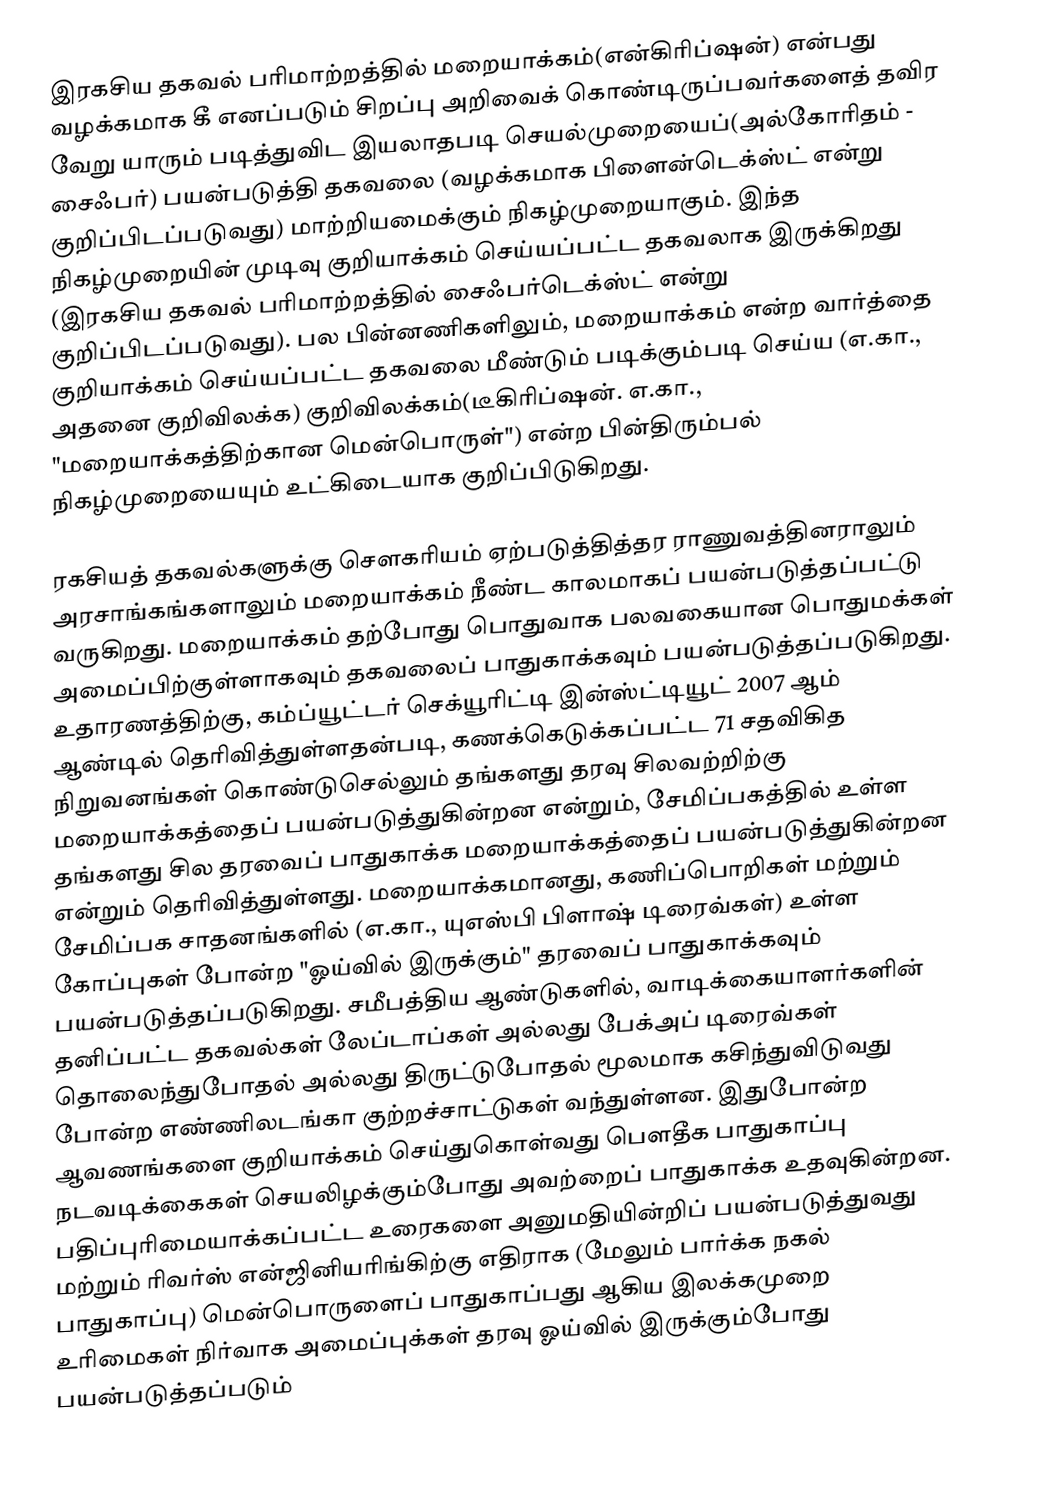
இரகசிய தகவல் பரிமாற்றத்தில் மறையாக்கம்(என்கிரிப்ஷன்) என்பது வழக்கமாக கீ எனப்படும் சிறப்பு அறிவைக் கொண்டிருப்பவர்களைத் தவிர வேறு யாரும் படித்துவிட இயலாதபடி செயல்முறையைப்(அல்கோரிதம் - சைஃபர்) பயன்படுத்தி தகவலை (வழக்கமாக பிளைன்டெக்ஸ்ட் என்று குறிப்பிடப்படுவது) மாற்றியமைக்கும் நிகழ்முறையாகும். இந்த நிகழ்முறையின் முடிவு குறியாக்கம் செய்யப்பட்ட தகவலாக இருக்கிறது (இரகசிய தகவல் பரிமாற்றத்தில் சைஃபர்டெக்ஸ்ட் என்று குறிப்பிடப்படுவது). பல பின்னணிகளிலும், மறையாக்கம் என்ற வார்த்தை குறியாக்கம் செய்யப்பட்ட தகவலை மீண்டும் படிக்கும்படி செய்ய (எ.கா., அதனை குறிவிலக்க) குறிவிலக்கம்(டீகிரிப்ஷன். எ.கா., "மறையாக்கத்திற்கான மென்பொருள்") என்ற பின்திரும்பல் நிகழ்முறையையும் உட்கிடையாக குறிப்பிடுகிறது.

ரகசியத் தகவல்களுக்கு சௌகரியம் ஏற்படுத்தித்தர ராணுவத்தினராலும் அரசாங்கங்களாலும் மறையாக்கம் நீண்ட காலமாகப் பயன்படுத்தப்பட்டு வருகிறது. மறையாக்கம் தற்போது பொதுவாக பலவகையான பொதுமக்கள் அமைப்பிற்குள்ளாகவும் தகவலைப் பாதுகாக்கவும் பயன்படுத்தப்படுகிறது. உதாரணத்திற்கு, கம்ப்யூட்டர் செக்யூரிட்டி இன்ஸ்ட்டியூட் 2007 ஆம் ஆண்டில் தெரிவித்துள்ளதன்படி, கணக்கெடுக்கப்பட்ட 71 சதவிகித நிறுவனங்கள் கொண்டுசெல்லும் தங்களது தரவு சிலவற்றிற்கு மறையாக்கத்தைப் பயன்படுத்துகின்றன என்றும், சேமிப்பகத்தில் உள்ள தங்களது சில தரவைப் பாதுகாக்க மறையாக்கத்தைப் பயன்படுத்துகின்றன என்றும் தெரிவித்துள்ளது. மறையாக்கமானது, கணிப்பொறிகள் மற்றும் சேமிப்பக சாதனங்களில் (எ.கா., யுஎஸ்பி பிளாஷ் டிரைவ்கள்) உள்ள கோப்புகள் போன்ற "ஓய்வில் இருக்கும்" தரவைப் பாதுகாக்கவும் பயன்படுத்தப்படுகிறது. சமீபத்திய ஆண்டுகளில், வாடிக்கையாளர்களின் தனிப்பட்ட தகவல்கள் லேப்டாப்கள் அல்லது பேக்அப் டிரைவ்கள் தொலைந்துபோதல் அல்லது திருட்டுபோதல் மூலமாக கசிந்துவிடுவது போன்ற எண்ணிலடங்கா குற்றச்சாட்டுகள் வந்துள்ளன. இதுபோன்ற ஆவணங்களை குறியாக்கம் செய்துகொள்வது பௌதீக பாதுகாப்பு நடவடிக்கைகள் செயலிழக்கும்போது அவற்றைப் பாதுகாக்க உதவுகின்றன. பதிப்புரிமையாக்கப்பட்ட உரைகளை அனுமதியின்றிப் பயன்படுத்துவது மற்றும் ரிவர்ஸ் என்ஜினியரிங்கிற்கு எதிராக (மேலும் பார்க்க நகல் பாதுகாப்பு) மென்பொருளைப் பாதுகாப்பது ஆகிய இலக்கமுறை உரிமைகள் நிர்வாக அமைப்புக்கள் தரவு ஓய்வில் இருக்கும்போது பயன்படுத்தப்படும்